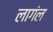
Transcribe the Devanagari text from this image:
लागंल